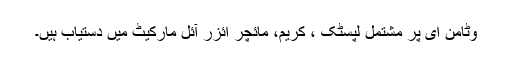
وٹامن ای پر مشتمل لپسٹک ، کریم، مائچر ائزر آئل مارکیٹ میں دستیاب ہیں۔